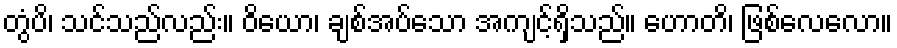
တွံပိ၊ သင်သည်လည်း။ ဝိယော၊ ချစ်အပ်သော အကျင့်ရှိသည်။ ဟောတိ၊ ဖြစ်လေလော။